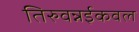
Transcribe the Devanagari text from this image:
तिरुवन्नईकवल